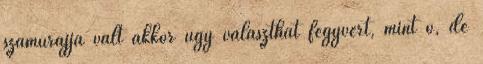
szamurájjá vált akkor úgy választhat fegyvert, mint ő, de